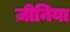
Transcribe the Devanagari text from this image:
ज़ीनिया